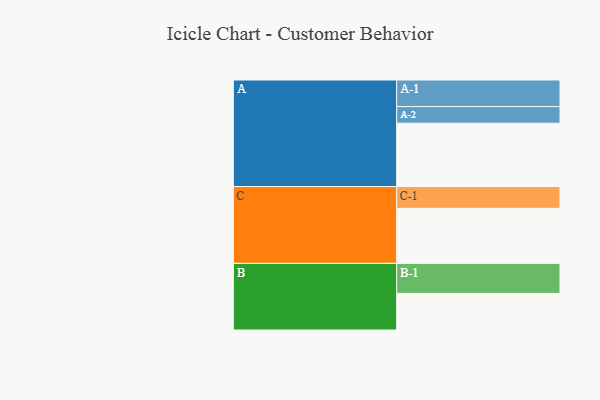
{"axis": {"x": "Segment", "y": "Value"}, "legend": ["", "A", "B", "C"], "data": [{"x": "A", "y": 584, "type": ""}, {"x": "B", "y": 337, "type": ""}, {"x": "C", "y": 507, "type": ""}, {"x": "A-1", "y": 245, "type": "A"}, {"x": "A-2", "y": 153, "type": "A"}, {"x": "B-1", "y": 277, "type": "B"}, {"x": "C-1", "y": 201, "type": "C"}]}